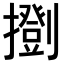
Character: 𢷚